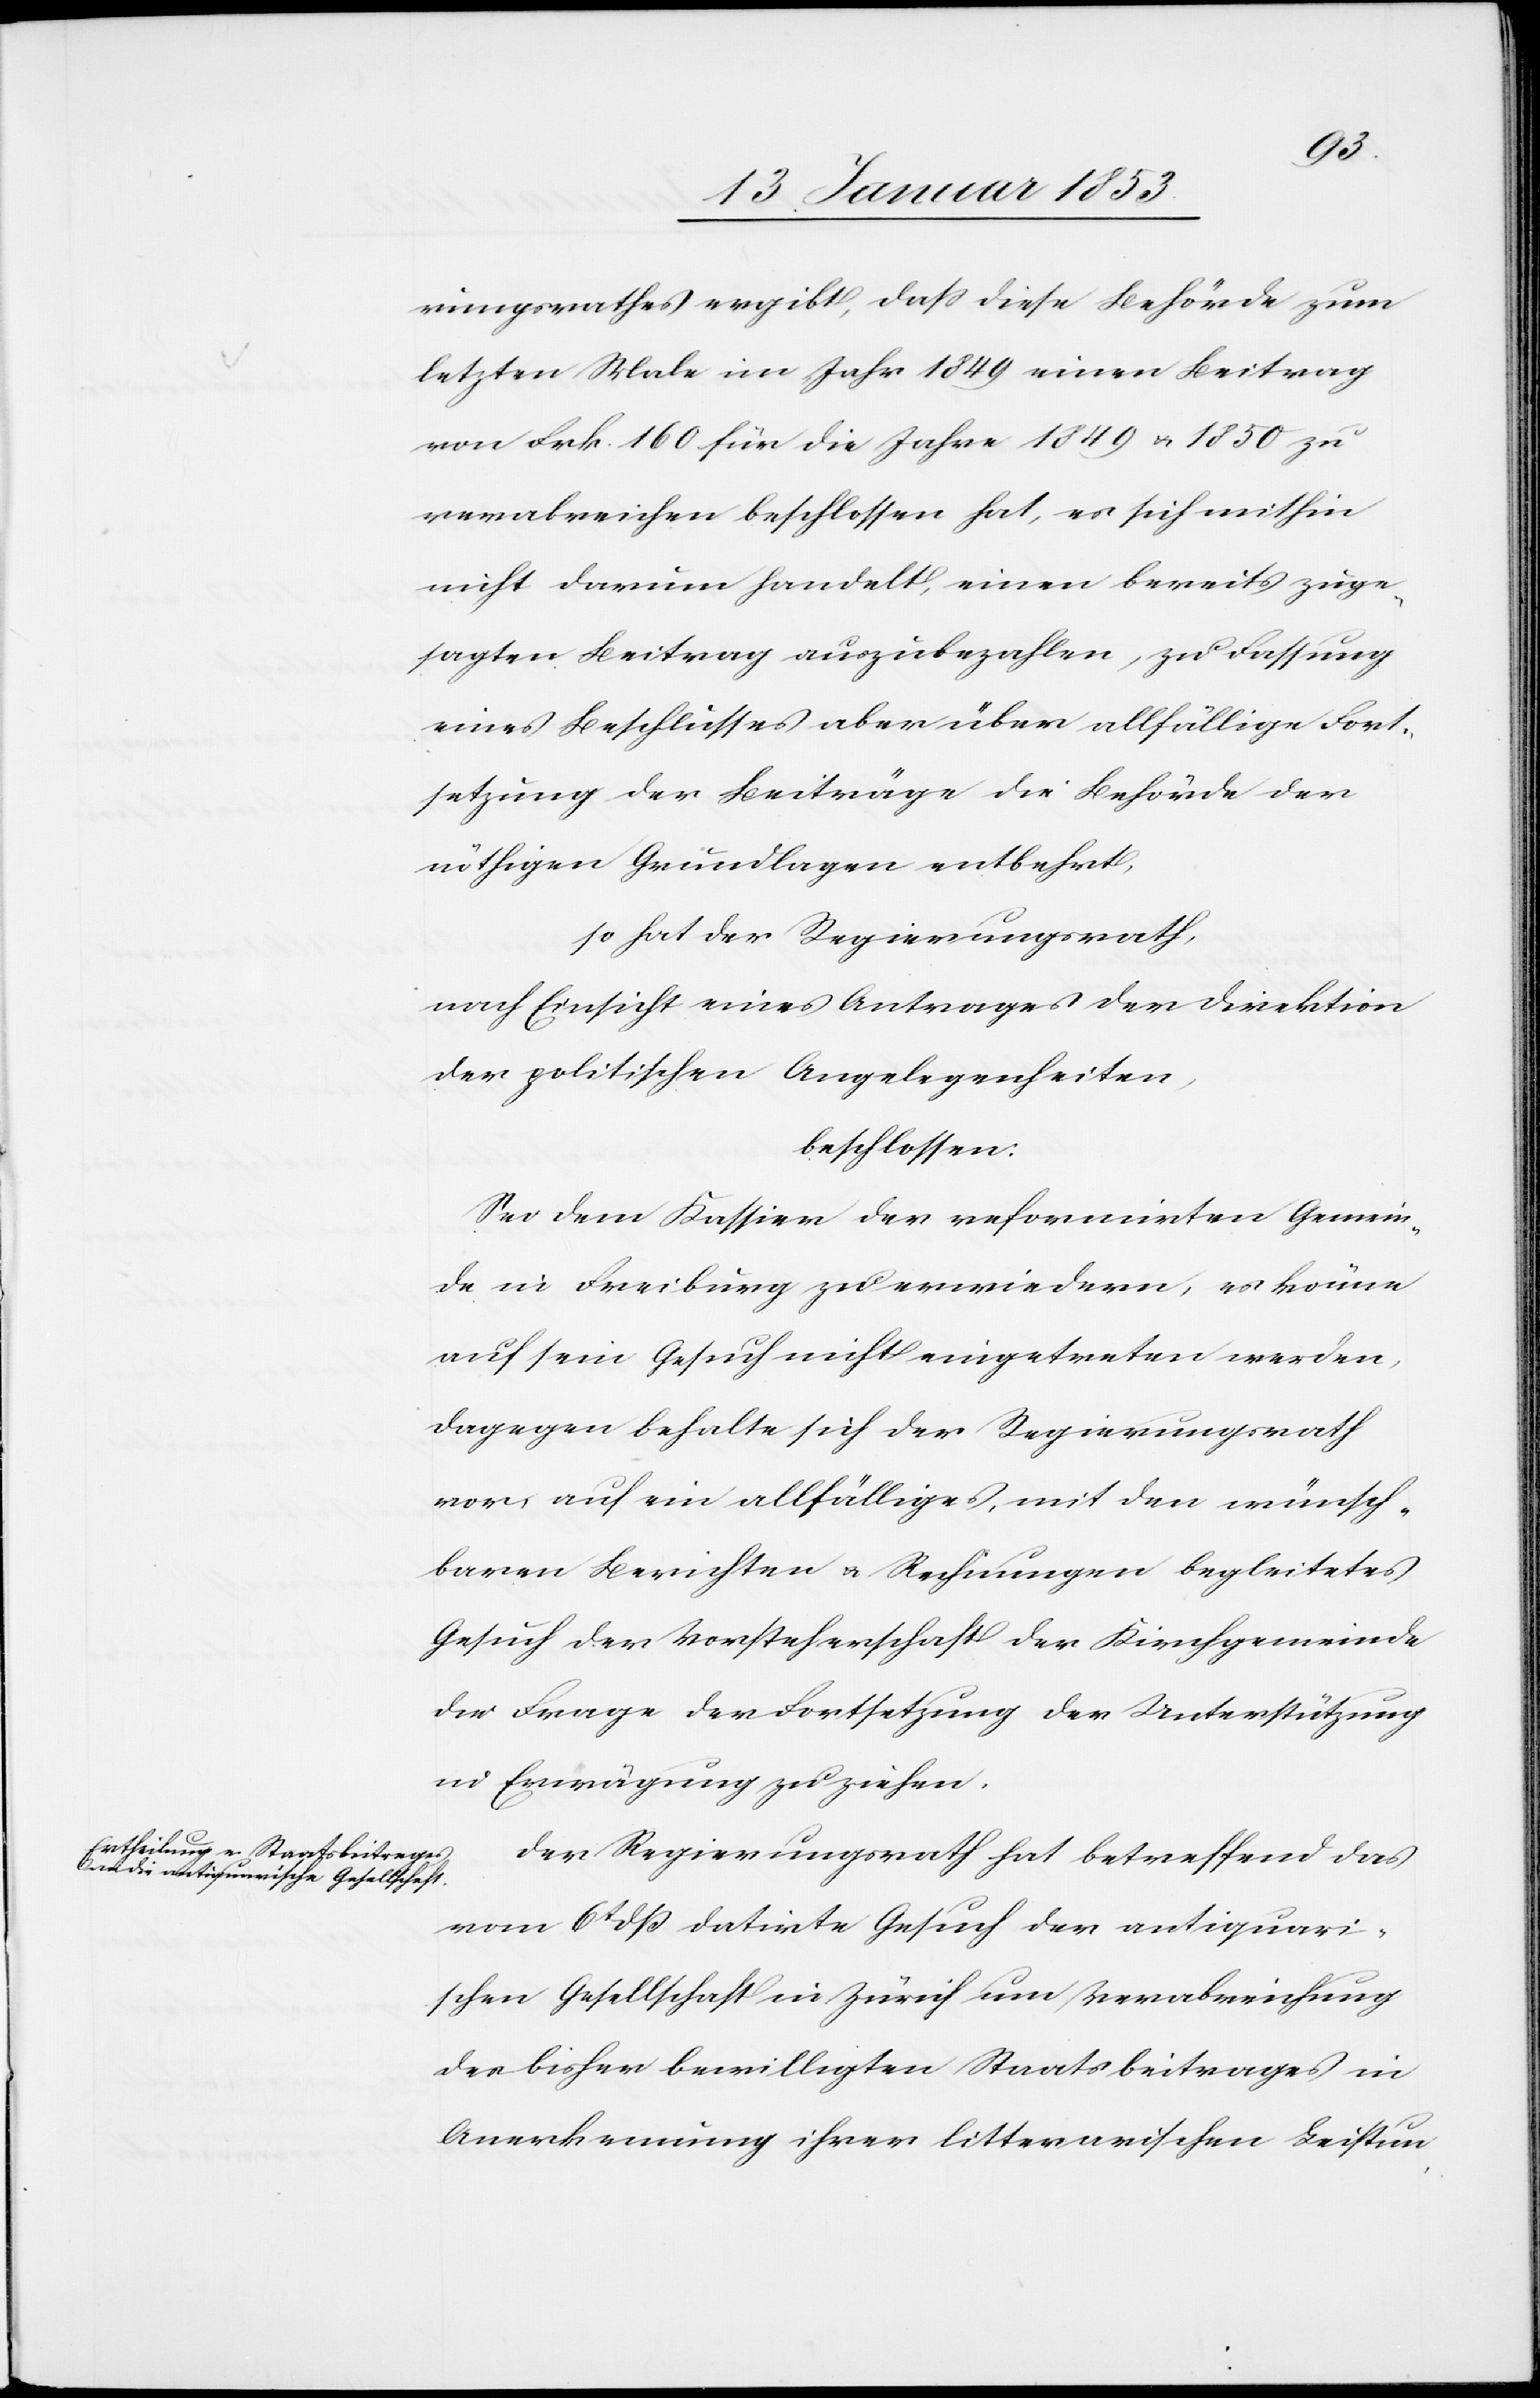
rungsrathes ergibt, daß diese Behörde zum
letzten Male im Jahr 1849 einen Beitrag
von Frk 160 für die Jahre 1849 u. 1850 zu
verabreichen beschlossen hat, es sich mithin
nicht darum handelt, einen bereits zuge¬
sagten Beitrag auszubezahlen, zu Faßung
eines Beschlußes aber über allfällige Fort¬
setzung der Beiträge die Behörde der
nöthigen Grundlangen entbehrt,
so hat der Regierungsrath,
nach Einsicht eines Antrages der Direktion
der politischen Angelegenheiten,
beschlossen:
Sei dem Kassier der reformirten Gemein¬
de in Freiburg zu erwiedern, es könne
auf sein Gesuch nicht eingetreten werden,
dagegen behalte sich der Regierungsrath
vor auf ein allfälliges, mit den wünsch¬
baren Berichten u. Rechnungen begleitetes
Gesuch der Vorsteherschaft der Kirchgemeinde
der Frage der Fortsetzung der Unterstützung
in Erwägung zu ziehen.
Der Regierungsrath hat betreffend das
vom 6t. dß datirte Gesuch der antiquari¬
schen Gesellschaft in Zürich um Verabreichung
des bisher bewilligten Staatsbeitrages in
Anerkennung ihrer litterarischen Leistun-